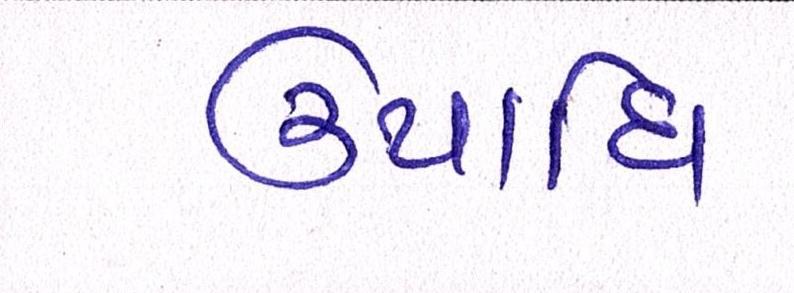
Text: ઉપાધિ